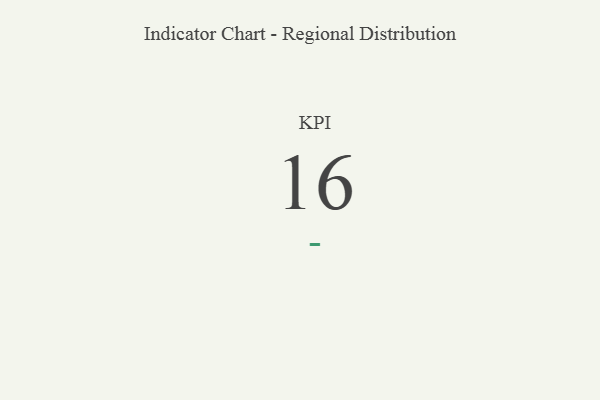
{"axis": {"x": "KPI", "y": "Value"}, "legend": [""], "data": [{"x": "KPI", "y": 16, "type": ""}]}